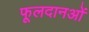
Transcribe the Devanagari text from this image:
फूलदानओं